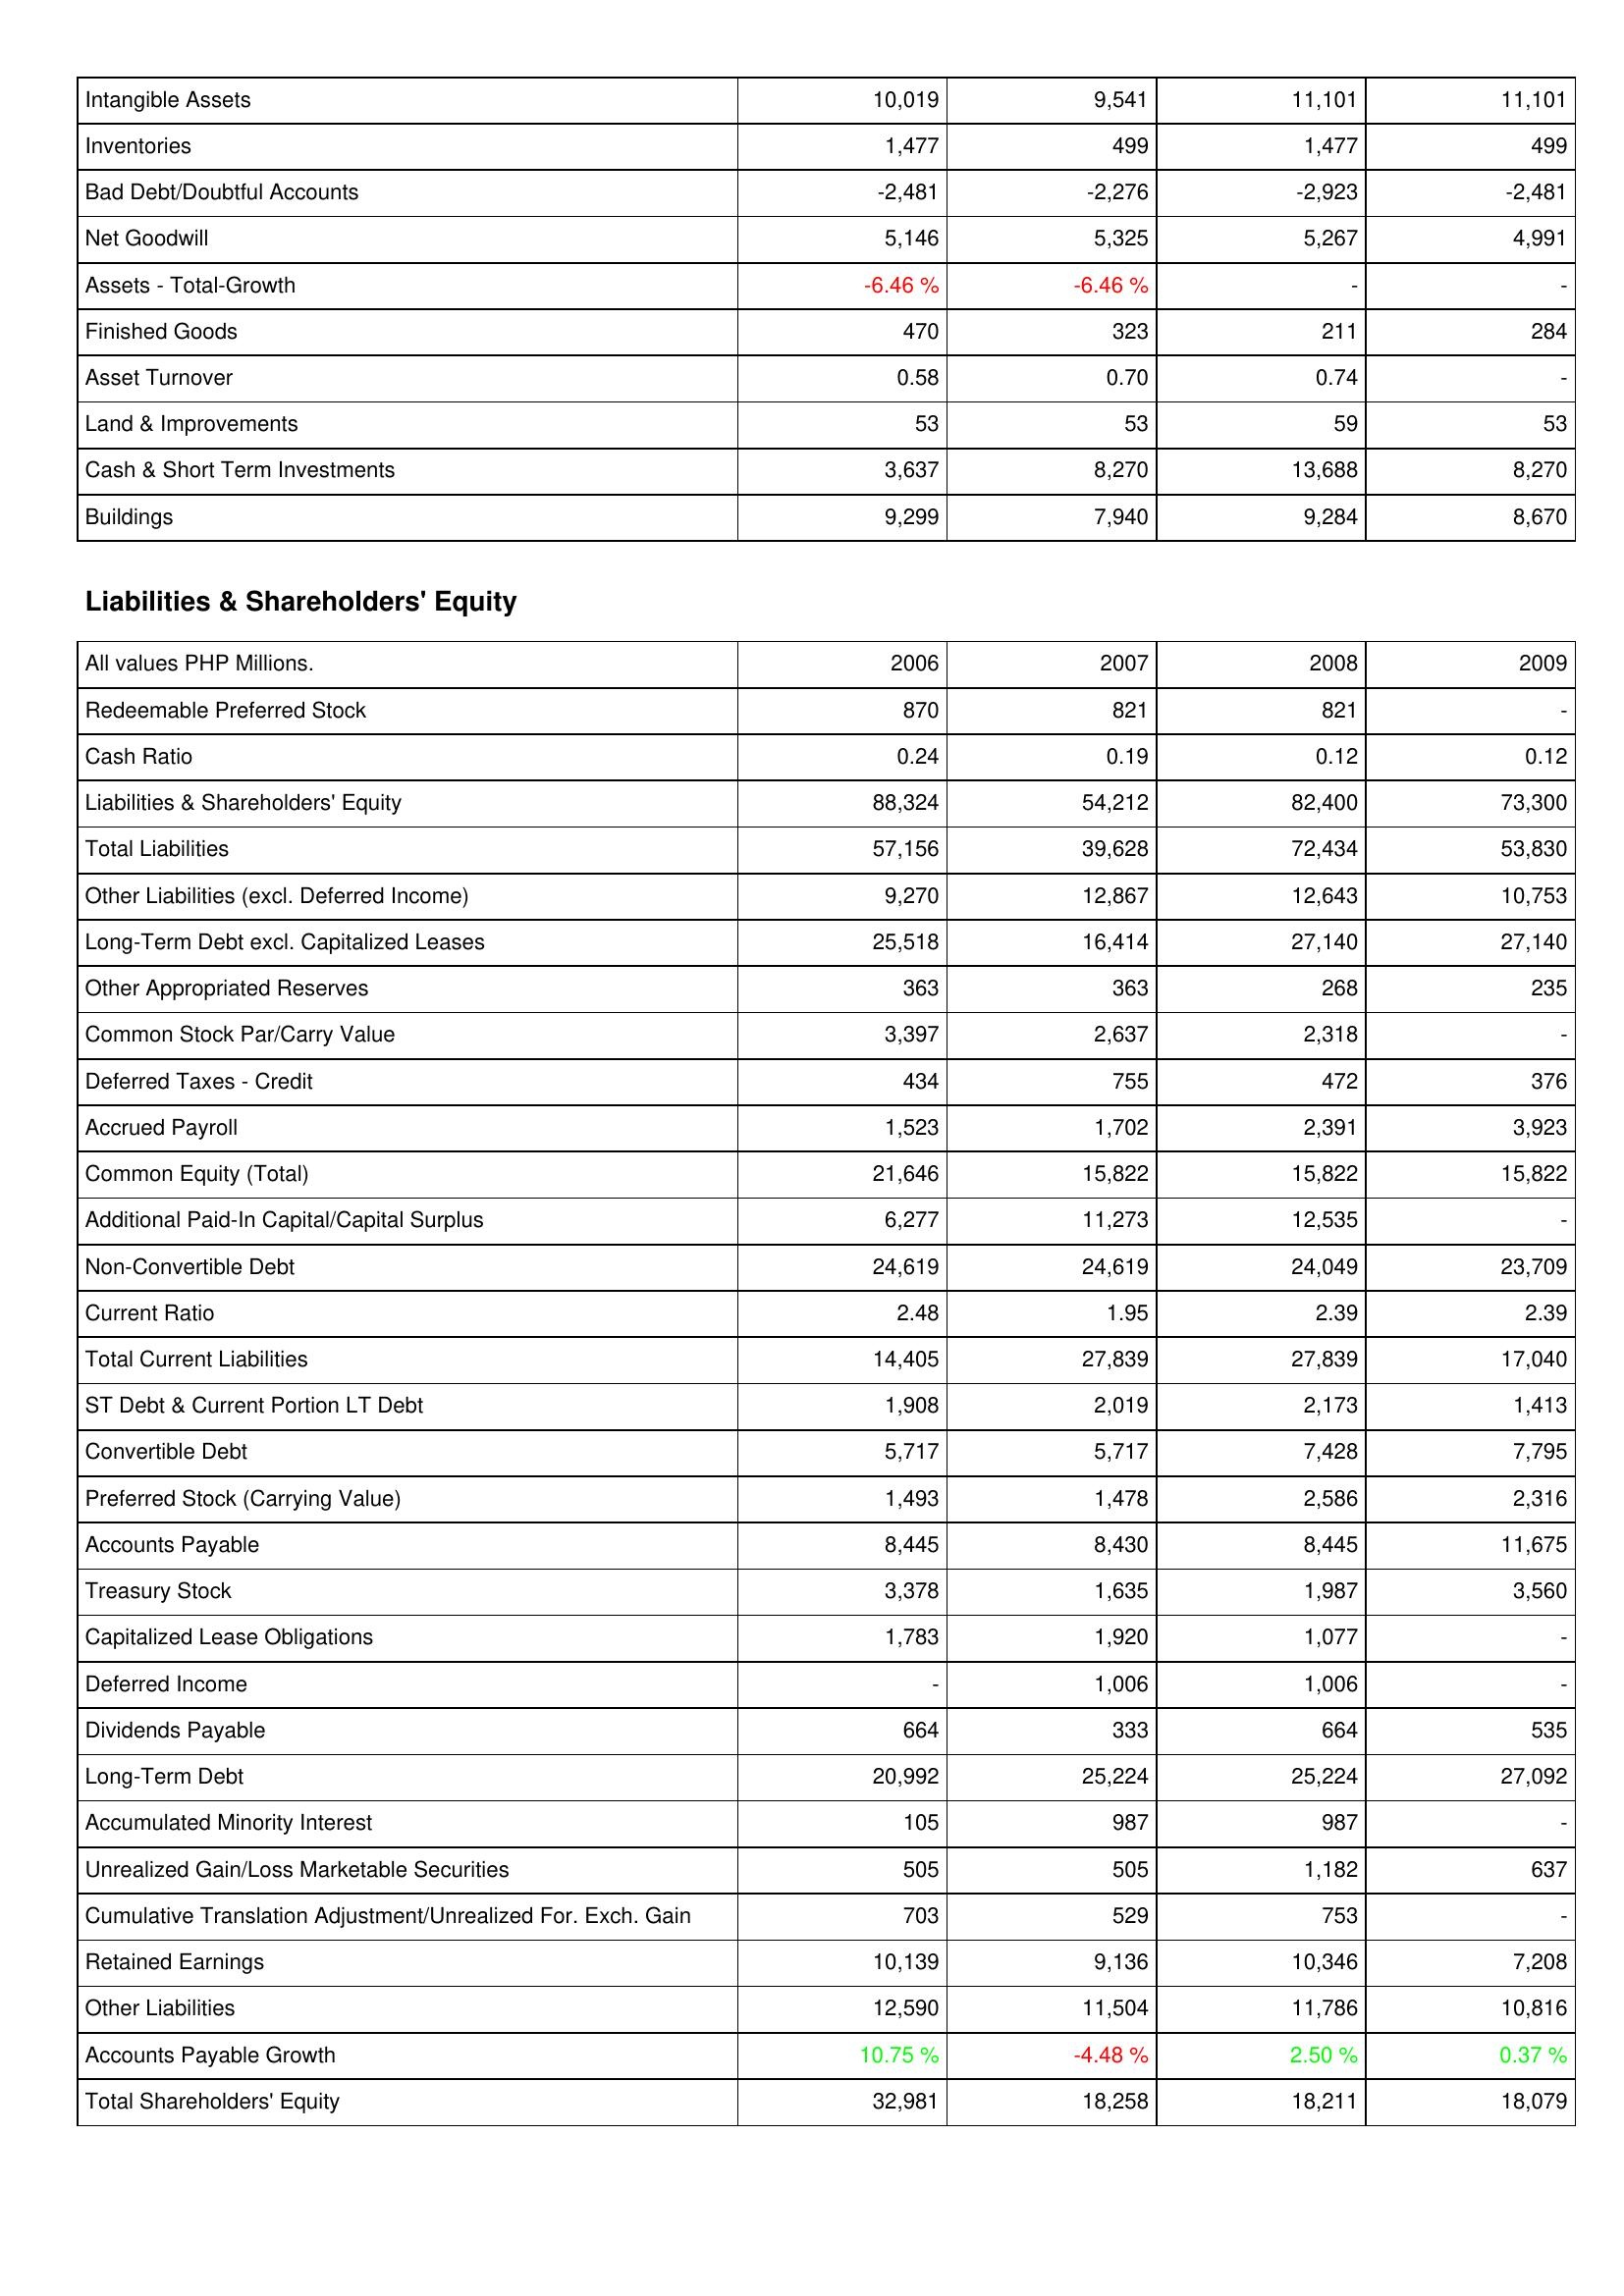
2006: Assets: Intangible Assets: 10,019
Inventories: 1,477
Bad Debt/Doubtful Accounts: -2,481
Net Goodwill: 5,146
Assets - Total-Growth: -6.46 %
Finished Goods: 470
Asset Turnover: 0.58
Land & Improvements: 53
Cash & Short Term Investments: 3,637
Buildings: 9,299
Liabilities & Shareholders' Equity: Redeemable Preferred Stock: 870
Cash Ratio: 0.24
Liabilities & Shareholders' Equity: 88,324
Total Liabilities: 57,156
Other Liabilities (excl. Deferred Income): 9,270
Long-Term Debt excl. Capitalized Leases: 25,518
Other Appropriated Reserves: 363
Common Stock Par/Carry Value: 3,397
Deferred Taxes - Credit: 434
Accrued Payroll: 1,523
Common Equity (Total): 21,646
Additional Paid-In Capital/Capital Surplus: 6,277
Non-Convertible Debt: 24,619
Current Ratio: 2.48
Total Current Liabilities: 14,405
ST Debt & Current Portion LT Debt: 1,908
Convertible Debt: 5,717
Preferred Stock (Carrying Value): 1,493
Accounts Payable: 8,445
Treasury Stock: 3,378
Capitalized Lease Obligations: 1,783
Deferred Income: -
Dividends Payable: 664
Long-Term Debt: 20,992
Accumulated Minority Interest: 105
Unrealized Gain/Loss Marketable Securities: 505
Cumulative Translation Adjustment/Unrealized For. Exch. Gain: 703
Retained Earnings: 10,139
Other Liabilities: 12,590
Accounts Payable Growth: 10.75 %
Total Shareholders' Equity: 32,981
2007: Assets: Intangible Assets: 9,541
Inventories: 499
Bad Debt/Doubtful Accounts: -2,276
Net Goodwill: 5,325
Assets - Total-Growth: -6.46 %
Finished Goods: 323
Asset Turnover: 0.70
Land & Improvements: 53
Cash & Short Term Investments: 8,270
Buildings: 7,940
Liabilities & Shareholders' Equity: Redeemable Preferred Stock: 821
Cash Ratio: 0.19
Liabilities & Shareholders' Equity: 54,212
Total Liabilities: 39,628
Other Liabilities (excl. Deferred Income): 12,867
Long-Term Debt excl. Capitalized Leases: 16,414
Other Appropriated Reserves: 363
Common Stock Par/Carry Value: 2,637
Deferred Taxes - Credit: 755
Accrued Payroll: 1,702
Common Equity (Total): 15,822
Additional Paid-In Capital/Capital Surplus: 11,273
Non-Convertible Debt: 24,619
Current Ratio: 1.95
Total Current Liabilities: 27,839
ST Debt & Current Portion LT Debt: 2,019
Convertible Debt: 5,717
Preferred Stock (Carrying Value): 1,478
Accounts Payable: 8,430
Treasury Stock: 1,635
Capitalized Lease Obligations: 1,920
Deferred Income: 1,006
Dividends Payable: 333
Long-Term Debt: 25,224
Accumulated Minority Interest: 987
Unrealized Gain/Loss Marketable Securities: 505
Cumulative Translation Adjustment/Unrealized For. Exch. Gain: 529
Retained Earnings: 9,136
Other Liabilities: 11,504
Accounts Payable Growth: -4.48 %
Total Shareholders' Equity: 18,258
2008: Assets: Intangible Assets: 11,101
Inventories: 1,477
Bad Debt/Doubtful Accounts: -2,923
Net Goodwill: 5,267
Assets - Total-Growth: -
Finished Goods: 211
Asset Turnover: 0.74
Land & Improvements: 59
Cash & Short Term Investments: 13,688
Buildings: 9,284
Liabilities & Shareholders' Equity: Redeemable Preferred Stock: 821
Cash Ratio: 0.12
Liabilities & Shareholders' Equity: 82,400
Total Liabilities: 72,434
Other Liabilities (excl. Deferred Income): 12,643
Long-Term Debt excl. Capitalized Leases: 27,140
Other Appropriated Reserves: 268
Common Stock Par/Carry Value: 2,318
Deferred Taxes - Credit: 472
Accrued Payroll: 2,391
Common Equity (Total): 15,822
Additional Paid-In Capital/Capital Surplus: 12,535
Non-Convertible Debt: 24,049
Current Ratio: 2.39
Total Current Liabilities: 27,839
ST Debt & Current Portion LT Debt: 2,173
Convertible Debt: 7,428
Preferred Stock (Carrying Value): 2,586
Accounts Payable: 8,445
Treasury Stock: 1,987
Capitalized Lease Obligations: 1,077
Deferred Income: 1,006
Dividends Payable: 664
Long-Term Debt: 25,224
Accumulated Minority Interest: 987
Unrealized Gain/Loss Marketable Securities: 1,182
Cumulative Translation Adjustment/Unrealized For. Exch. Gain: 753
Retained Earnings: 10,346
Other Liabilities: 11,786
Accounts Payable Growth: 2.50 %
Total Shareholders' Equity: 18,211
2009: Assets: Intangible Assets: 11,101
Inventories: 499
Bad Debt/Doubtful Accounts: -2,481
Net Goodwill: 4,991
Assets - Total-Growth: -
Finished Goods: 284
Asset Turnover: -
Land & Improvements: 53
Cash & Short Term Investments: 8,270
Buildings: 8,670
Liabilities & Shareholders' Equity: Redeemable Preferred Stock: -
Cash Ratio: 0.12
Liabilities & Shareholders' Equity: 73,300
Total Liabilities: 53,830
Other Liabilities (excl. Deferred Income): 10,753
Long-Term Debt excl. Capitalized Leases: 27,140
Other Appropriated Reserves: 235
Common Stock Par/Carry Value: -
Deferred Taxes - Credit: 376
Accrued Payroll: 3,923
Common Equity (Total): 15,822
Additional Paid-In Capital/Capital Surplus: -
Non-Convertible Debt: 23,709
Current Ratio: 2.39
Total Current Liabilities: 17,040
ST Debt & Current Portion LT Debt: 1,413
Convertible Debt: 7,795
Preferred Stock (Carrying Value): 2,316
Accounts Payable: 11,675
Treasury Stock: 3,560
Capitalized Lease Obligations: -
Deferred Income: -
Dividends Payable: 535
Long-Term Debt: 27,092
Accumulated Minority Interest: -
Unrealized Gain/Loss Marketable Securities: 637
Cumulative Translation Adjustment/Unrealized For. Exch. Gain: -
Retained Earnings: 7,208
Other Liabilities: 10,816
Accounts Payable Growth: 0.37 %
Total Shareholders' Equity: 18,079